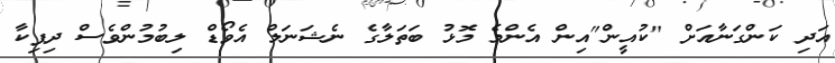
އަދި ކަންގަނާއަށް "ކުއީން"އިން އެންމެ މޮޅު ބަތަލާގެ ނެޝަނަލް އެވޯޑް ލިބުމުންވެސް ދިޕިކާ